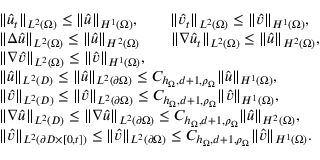
\begin{array} { r l } & { \| \hat { u } _ { t } \| _ { L ^ { 2 } ( \Omega ) } \leq \| \hat { u } \| _ { H ^ { 1 } ( \Omega ) } , \qquad \| \hat { v } _ { t } \| _ { L ^ { 2 } ( \Omega ) } \leq \| \hat { v } \| _ { H ^ { 1 } ( \Omega ) } , } \\ & { \| \Delta \hat { u } \| _ { L ^ { 2 } ( \Omega ) } \leq \| \hat { u } \| _ { H ^ { 2 } ( \Omega ) } \qquad \| \nabla \hat { u } _ { t } \| _ { L ^ { 2 } ( \Omega ) } \leq \| \hat { u } \| _ { H ^ { 2 } ( \Omega ) } , } \\ & { \| \nabla \hat { v } \| _ { L ^ { 2 } ( \Omega ) } \leq \| \hat { v } \| _ { H ^ { 1 } ( \Omega ) } , } \\ & { \| \hat { u } \| _ { L ^ { 2 } ( D ) } \leq \| \hat { u } \| _ { L ^ { 2 } ( \partial \Omega ) } \leq C _ { h _ { \Omega } , d + 1 , \rho _ { \Omega } } \| \hat { u } \| _ { H ^ { 1 } ( \Omega ) } , } \\ & { \| \hat { v } \| _ { L ^ { 2 } ( D ) } \leq \| \hat { v } \| _ { L ^ { 2 } ( \partial \Omega ) } \leq C _ { h _ { \Omega } , d + 1 , \rho _ { \Omega } } \| \hat { v } \| _ { H ^ { 1 } ( \Omega ) } , } \\ & { \| \nabla \hat { u } \| _ { L ^ { 2 } ( D ) } \leq \| \nabla \hat { u } \| _ { L ^ { 2 } ( \partial \Omega ) } \leq C _ { h _ { \Omega } , d + 1 , \rho _ { \Omega } } \| \hat { u } \| _ { H ^ { 2 } ( \Omega ) } , } \\ & { \| \hat { v } \| _ { L ^ { 2 } ( \partial D \times [ 0 , t ] ) } \leq \| \hat { v } \| _ { L ^ { 2 } ( \partial \Omega ) } \leq C _ { h _ { \Omega } , d + 1 , \rho _ { \Omega } } \| \hat { v } \| _ { H ^ { 1 } ( \Omega ) } . } \end{array}